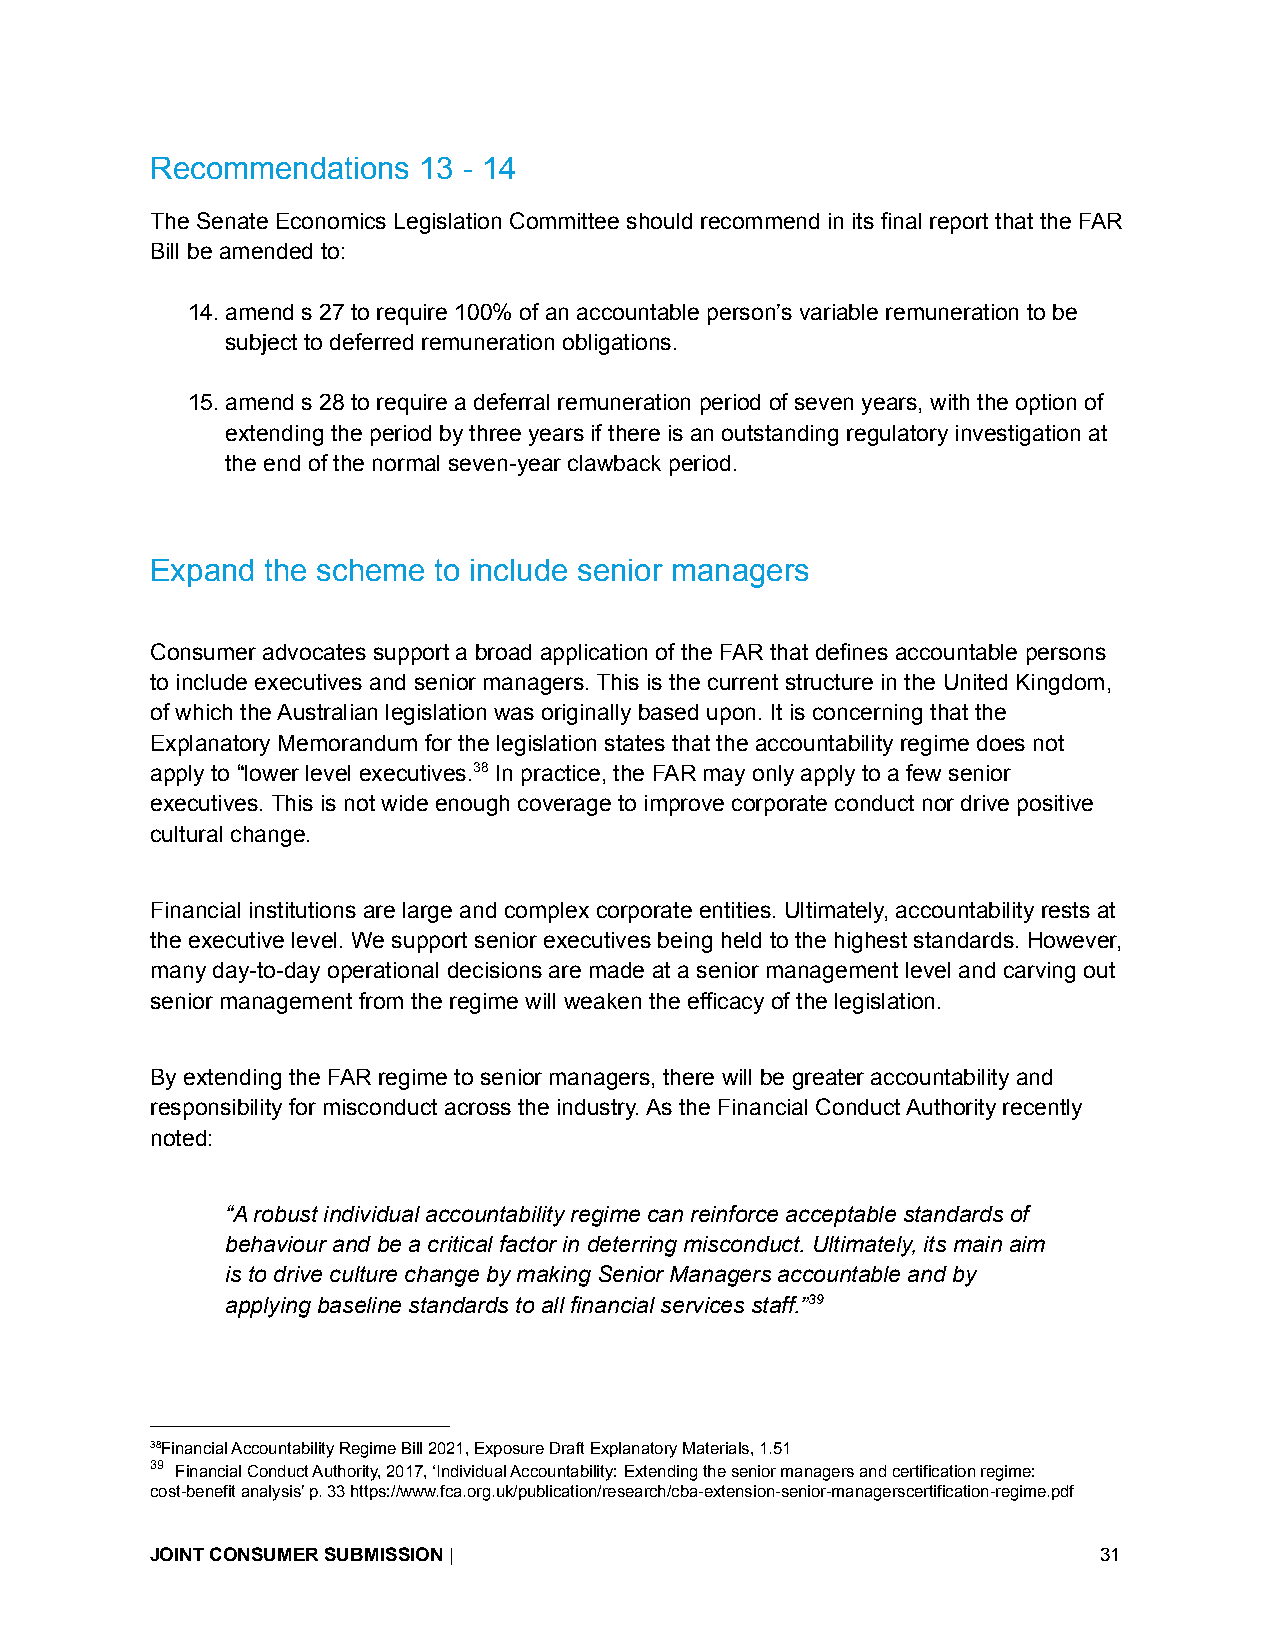
Recommendations   13 - 14
 The Senate Economics Legislation Committee should recommend in its final report that the FAR
 Bill be amended to:
 14.amend s 27 to require 100% of an accountable person’s variable remuneration to be
 subject to deferred remuneration obligations.
 15.amend s 28 to require a deferral remuneration period of seven years, with the option of
 extending the period by three years if there is an outstanding regulatory investigation at
 the end of the normal seven-year clawback period.
 Expand  the scheme to include senior managers
 Consumer advocates support a broad application of the FAR that defines accountable persons
 to include executives and senior managers. This is the current structure in the United Kingdom,
 of which the Australian legislation was originally based upon. It is concerning that the
 Explanatory Memorandum for the legislation states that the accountability regime does not
 apply to “lower level executives.38 In practice, the FAR may only apply to a few senior
 executives. This is not wide enough coverage to improve corporate conduct nor drive positive
 cultural change.
 Financial institutions are large and complex corporate entities. Ultimately, accountability rests at
 the executive level. We support senior executives being held to the highest standards. However,
 many day-to-day operational decisions are made at a senior management level and carving out
 senior management from the regime will weaken the efficacy of the legislation.
 By extending the FAR regime to senior managers, there will be greater accountability and
 responsibility for misconduct across the industry. As the Financial Conduct Authority recently
 noted:
 “A robust individual accountability regime can reinforce acceptable standards of
 behaviour and be a critical factor in deterring misconduct. Ultimately, its main aim
 is to drive culture change by making Senior Managers accountable and by
 applying baseline standards to all financial services staff.”39
 38Financial Accountability Regime Bill 2021, Exposure Draft Explanatory Materials, 1.51
 39 Financial Conduct Authority, 2017, ‘Individual Accountability: Extending the senior managers and certification regime:
 cost-benefit analysis’ p. 33 https://www.fca.org.uk/publication/research/cba-extension-senior-managerscertification-regime.pdf
 JOINT CONSUMER SUBMISSION|                                     31